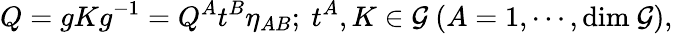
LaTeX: Q=gKg^{-1}=Q^{A}t^{B}\eta_{AB};~t^{A},K\in{\cal G}~(A=1,\cdots,\mathrm{dim}~{\cal G}),